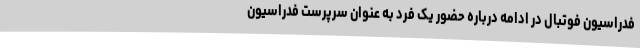
فدراسیون فوتبال در ادامه درباره حضور یک فرد به عنوان سرپرست فدراسیون